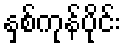
နှစ်ကုန်ပိုင်း